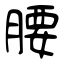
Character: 腰